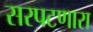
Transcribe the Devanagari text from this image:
सरपटणारा